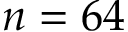
n = 6 4